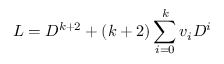
L = D ^ { k + 2 } + ( k + 2 ) \sum _ { i = 0 } ^ { k } v _ { i } D ^ { i }